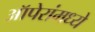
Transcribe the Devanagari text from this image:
ऑपेरांमध्ये